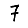
Digit: 7